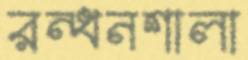
রন্ধনশালা